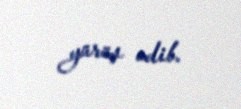
yürüş edib.